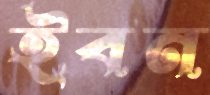
ইবন